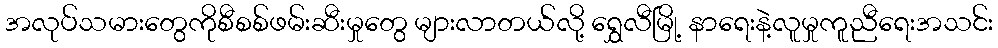
အလုပ်သမားတွေကိုစီစစ်ဖမ်းဆီးမှုတွေ များလာတယ်လို့ ရွှေလီမြို့ နာရေးနဲ့လူမှုကူညီရေးအသင်း